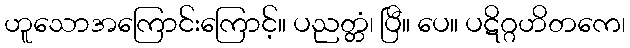
ဟူသောအကြောင်းကြောင့်။ ပညတ္တံ၊ ပြီ။ ပေ။ ပဋိဂ္ဂဟိတကေ၊